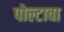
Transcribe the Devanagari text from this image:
पोल्टावा